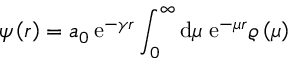
\psi \left( r \right) = a _ { 0 } \, \mathrm { e } ^ { - \gamma r } \int _ { 0 } ^ { \infty } \mathrm { d } \mu \; \mathrm { e } ^ { - \mu r } \varrho \left( \mu \right)